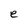
Character: e